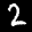
Label: 2